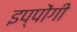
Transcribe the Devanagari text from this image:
इप्पोंगी